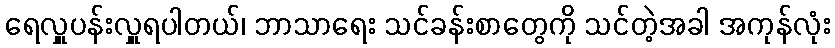
ရေလှူပန်းလှူရပါတယ်၊ ဘာသာရေး သင်ခန်းစာတွေကို သင်တဲ့အခါ အကုန်လုံး